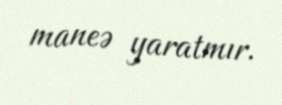
maneə yaratmır.